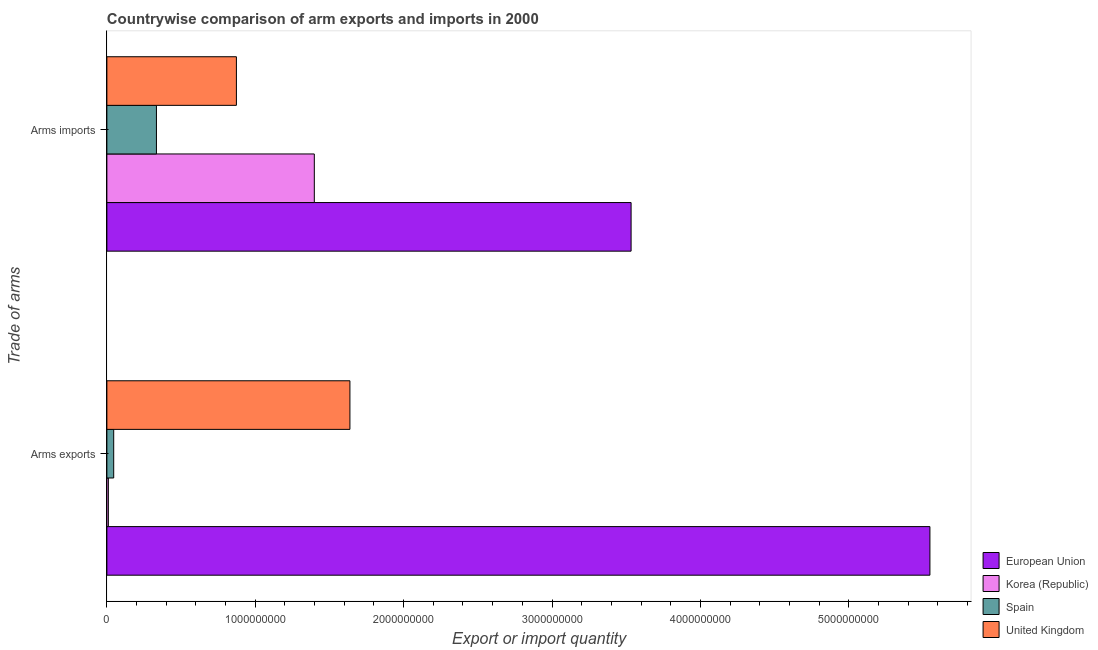
| Trade of arms | European Union | Korea (Republic) | Spain | United Kingdom |
 | --- | --- | --- | --- | --- |
 | Arms exports | 5.55e+09 | 1e+07 | 4.6e+07 | 1.64e+09 |
 | Arms imports | 3.53e+09 | 1.4e+09 | 3.34e+08 | 8.73e+08 |